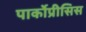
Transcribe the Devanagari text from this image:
पार्कोप्रीसिस